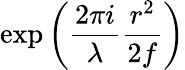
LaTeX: \exp\left({\frac{2\pi i}{\lambda}}{\frac{r^{2}}{2f}}\right)